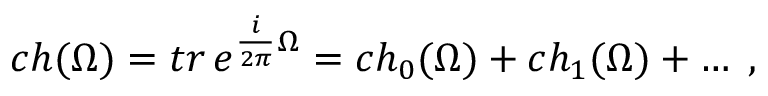
c h ( \Omega ) = t r \, e ^ { \frac { i } { 2 \pi } \Omega } = c h _ { 0 } ( \Omega ) + c h _ { 1 } ( \Omega ) + \ldots \; ,